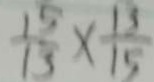
\frac { 1 5 } { 1 3 } \times \frac { 1 3 } { 1 5 }